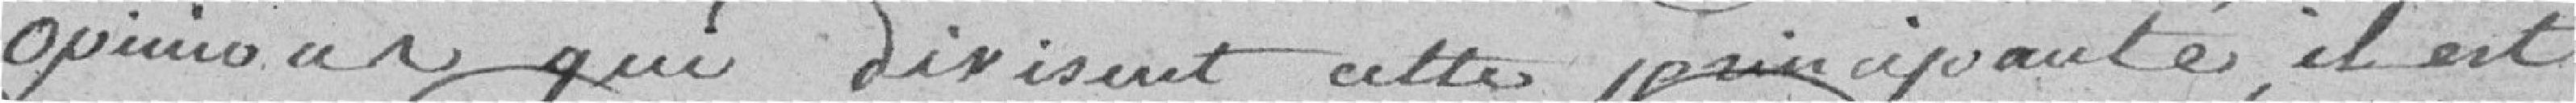
opinions qui divisent cette principauté il est